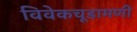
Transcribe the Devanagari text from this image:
विवेकचूडामणी